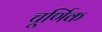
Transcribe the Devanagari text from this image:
चूर्णिक